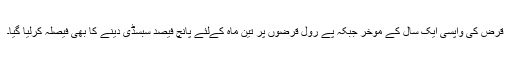
قرض کی واپسی ایک سال کے موخر جبکہ پے رول قرضوں پر تین ماہ کےلئے پانچ فیصد سبسڈی دینے کا بھی فیصلہ کرلیا گیا۔